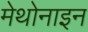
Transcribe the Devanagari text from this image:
मेथोनाइन